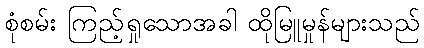
စုံစမ်း ကြည့်ရှုသောအခါ ထိုမြူမှုန်များသည်